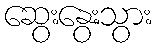
ဆွေးနွေးသွား